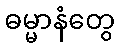
ဓမ္မာနံတွေ